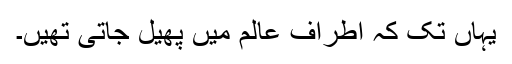
یہاں تک کہ اطراف عالم میں پھیل جاتی تھیں۔